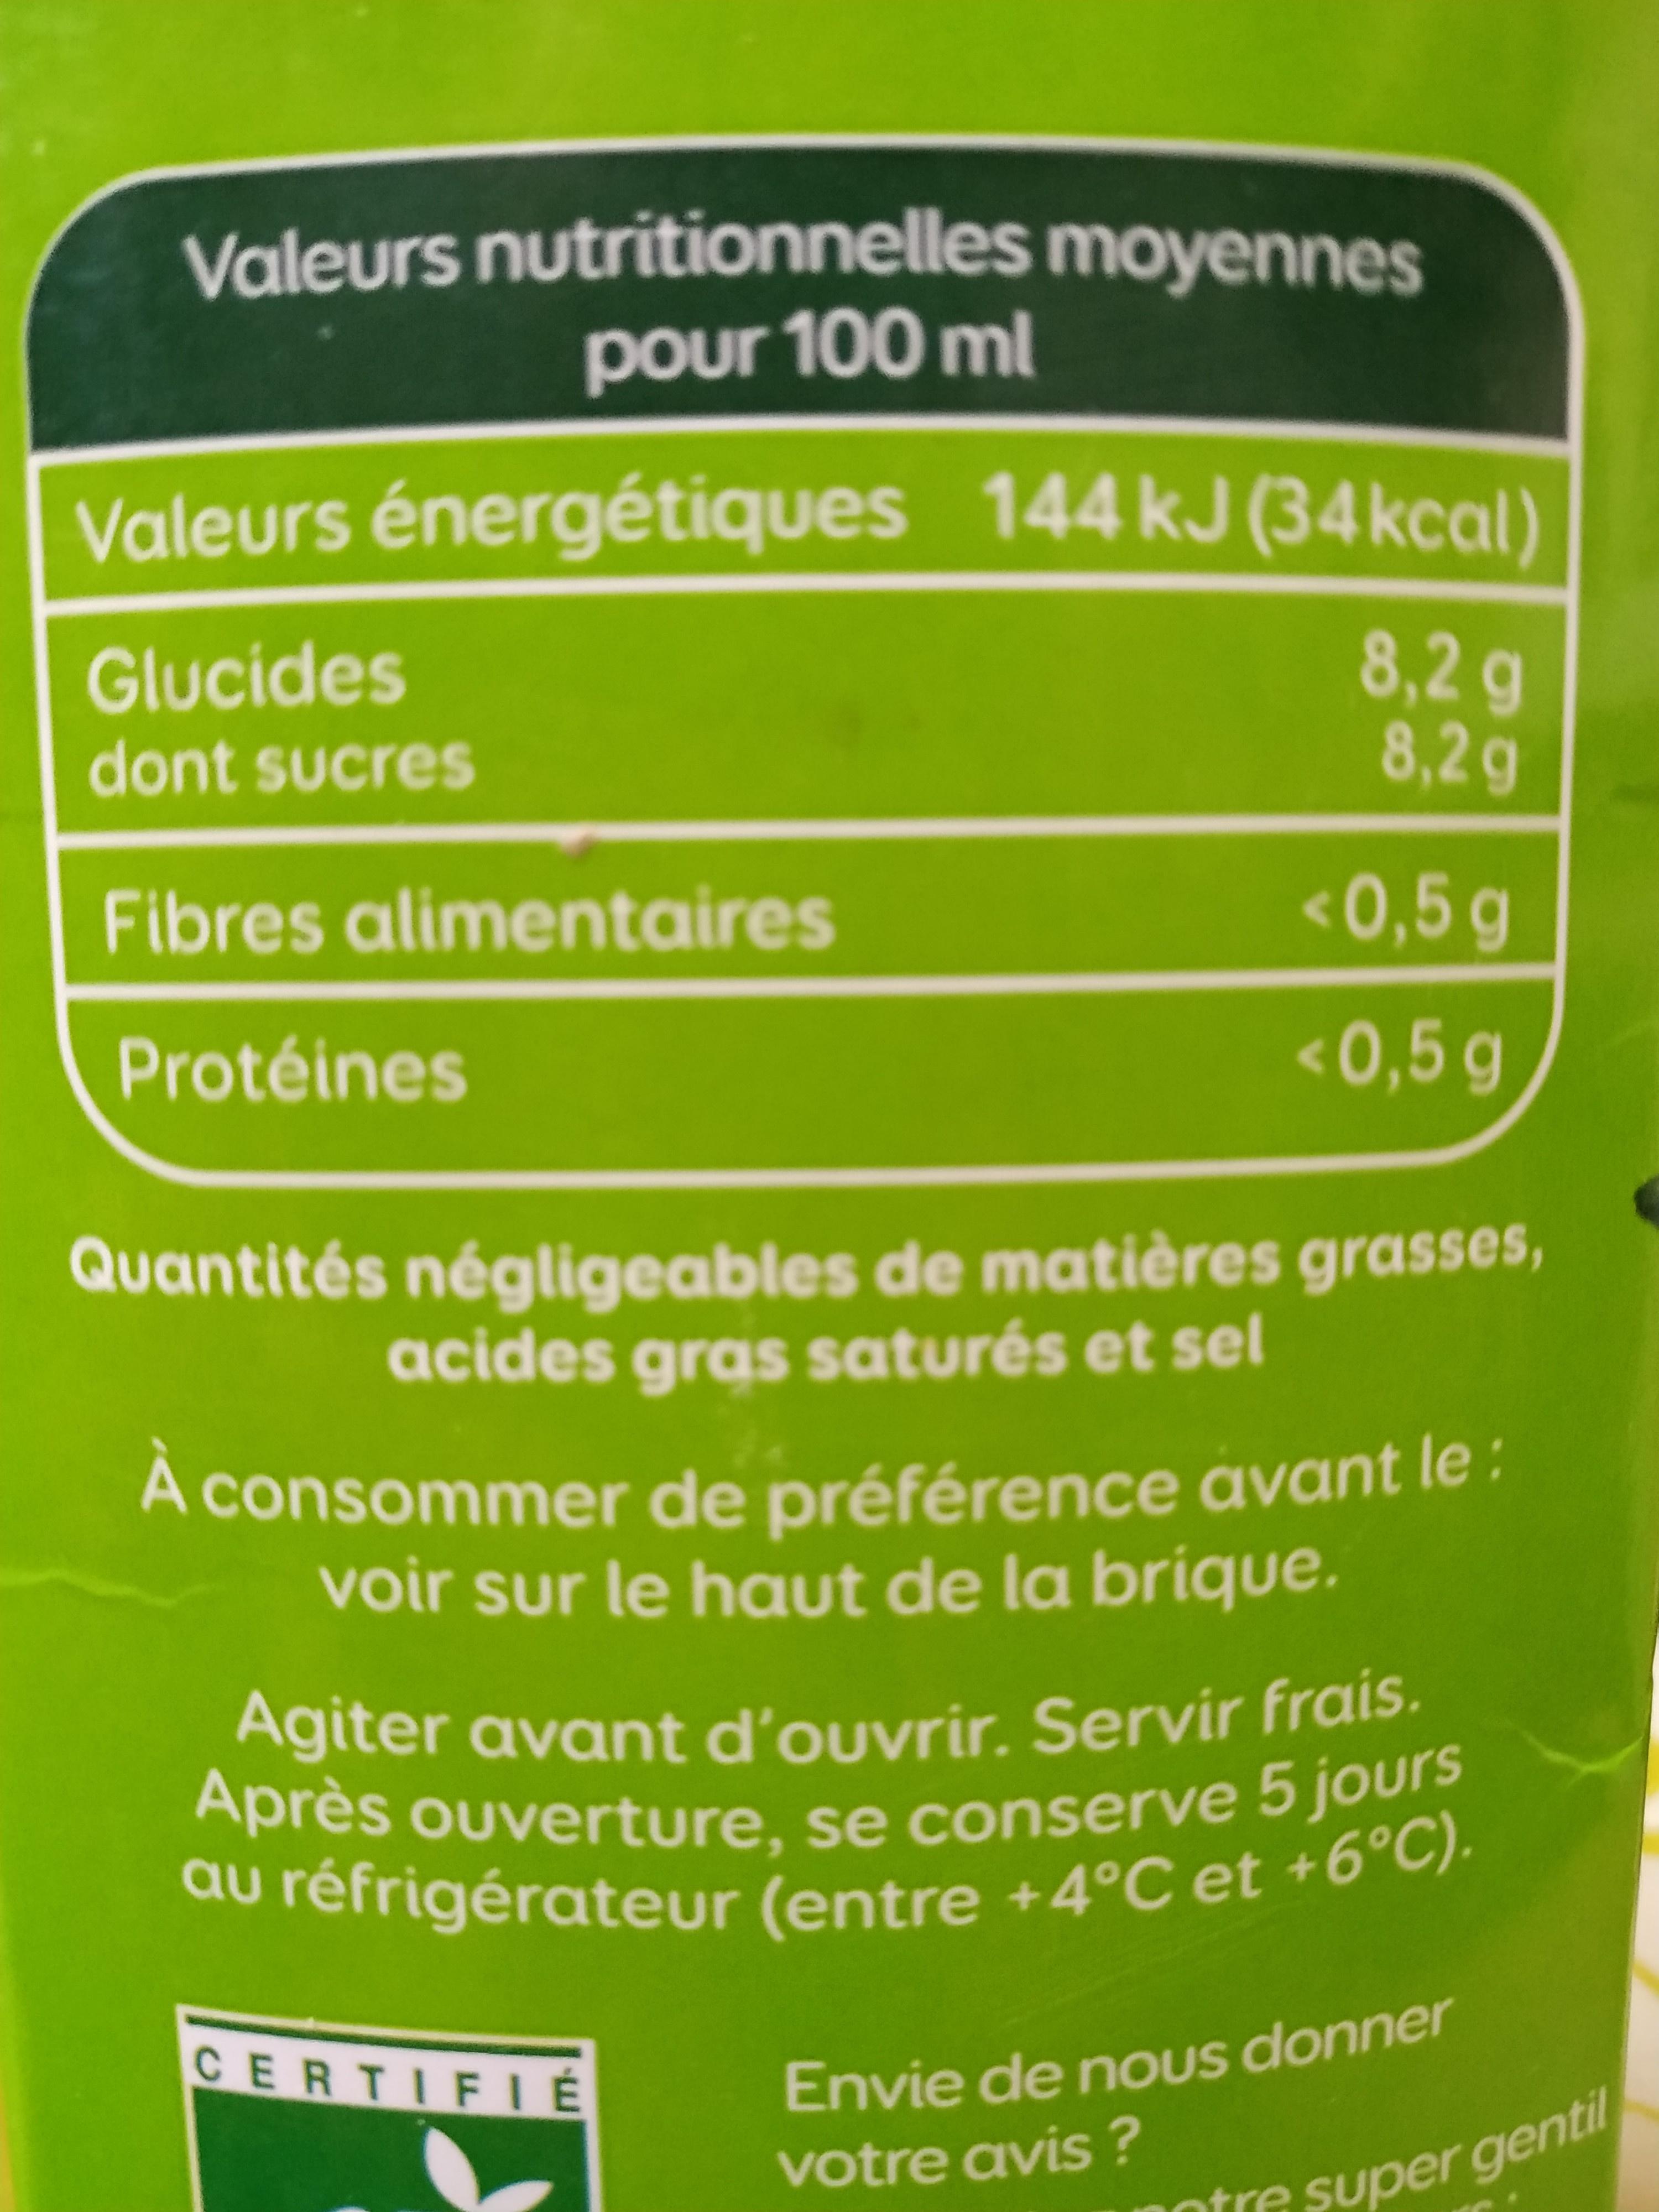
Valeurs nutrition nelles moyennes pour 100 ml 144 kJ (34 kcal) Valeurs énergétiques 8,2 g 8,2g Glucides dont sucres <0,5g Fibres alimentaires <0,5 g Protéines Quantités négligeables de matières grasses, acides gras saturés et sel À consommer de préférence avant le: voir sur le haut de la brique. Agiter avant d'ouvrir. Servir frais. Après ouverture, se conserve 5 jours au réfrigérateur (entre +4°C et +6°C). Envie de nous donner votre avis? CERTIFIE tra super gentill